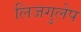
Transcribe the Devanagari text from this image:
लिजगुलेप